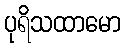
ပုရိသထာမော